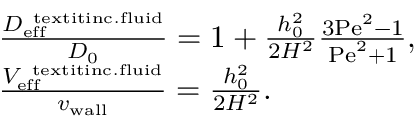
\begin{array} { r l } & { \frac { D _ { \mathrm { e f f } } ^ { \mathrm { \ t e x t i t { i n c . f l u i d } } } } { D _ { 0 } } = 1 + \frac { h _ { 0 } ^ { 2 } } { 2 H ^ { 2 } } \frac { 3 \mathrm { P e } ^ { 2 } - 1 } { \mathrm { P e } ^ { 2 } + 1 } , } \\ & { \frac { V _ { \mathrm { e f f } } ^ { \mathrm { \ t e x t i t { i n c . f l u i d } } } } { { v _ { \mathrm { w a l l } } } } = \frac { h _ { 0 } ^ { 2 } } { 2 H ^ { 2 } } . } \end{array}